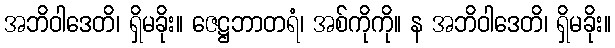
အဘိဝါဒေတိ၊ ရှိမခိုး။ ဇေဋ္ဌဘာတရံ၊ အစ်ကိုကို။ န အဘိဝါဒေတိ၊ ရှိမခိုး။